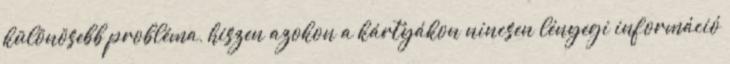
különösebb probléma, hiszen azokon a kártyákon nincsen lényegi információ